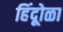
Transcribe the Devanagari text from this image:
हिंदूोळा